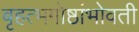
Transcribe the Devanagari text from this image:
बृहत्भगोष्ठांभोवती